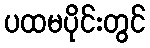
ပထမပိုင်းတွင်